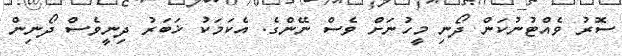
ސޮރު ވެއްޓުނުކަން ދޯނި މީހުނަށް ވެސް ނޭންގެ. އެކަމަކު ޚަބަރު ދިނީވެސް ދޯނިން